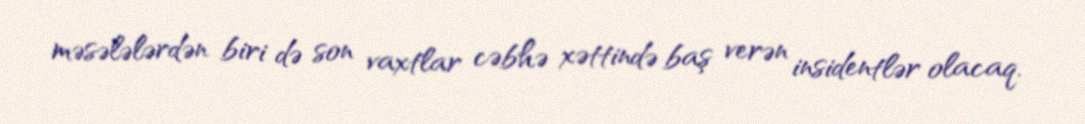
məsələlərdən biri də son vaxtlar cəbhə xəttində baş verən insidentlər olacaq.